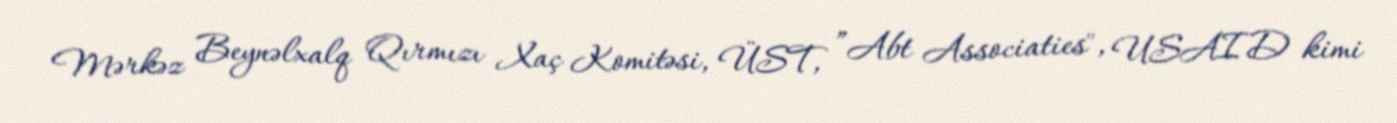
Mərkəz Beynəlxalq Qırmızı Xaç Komitəsi, ÜST, ”Abt Associaties", USAID kimi